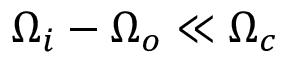
\Omega _ { i } - \Omega _ { o } \ll \Omega _ { c }